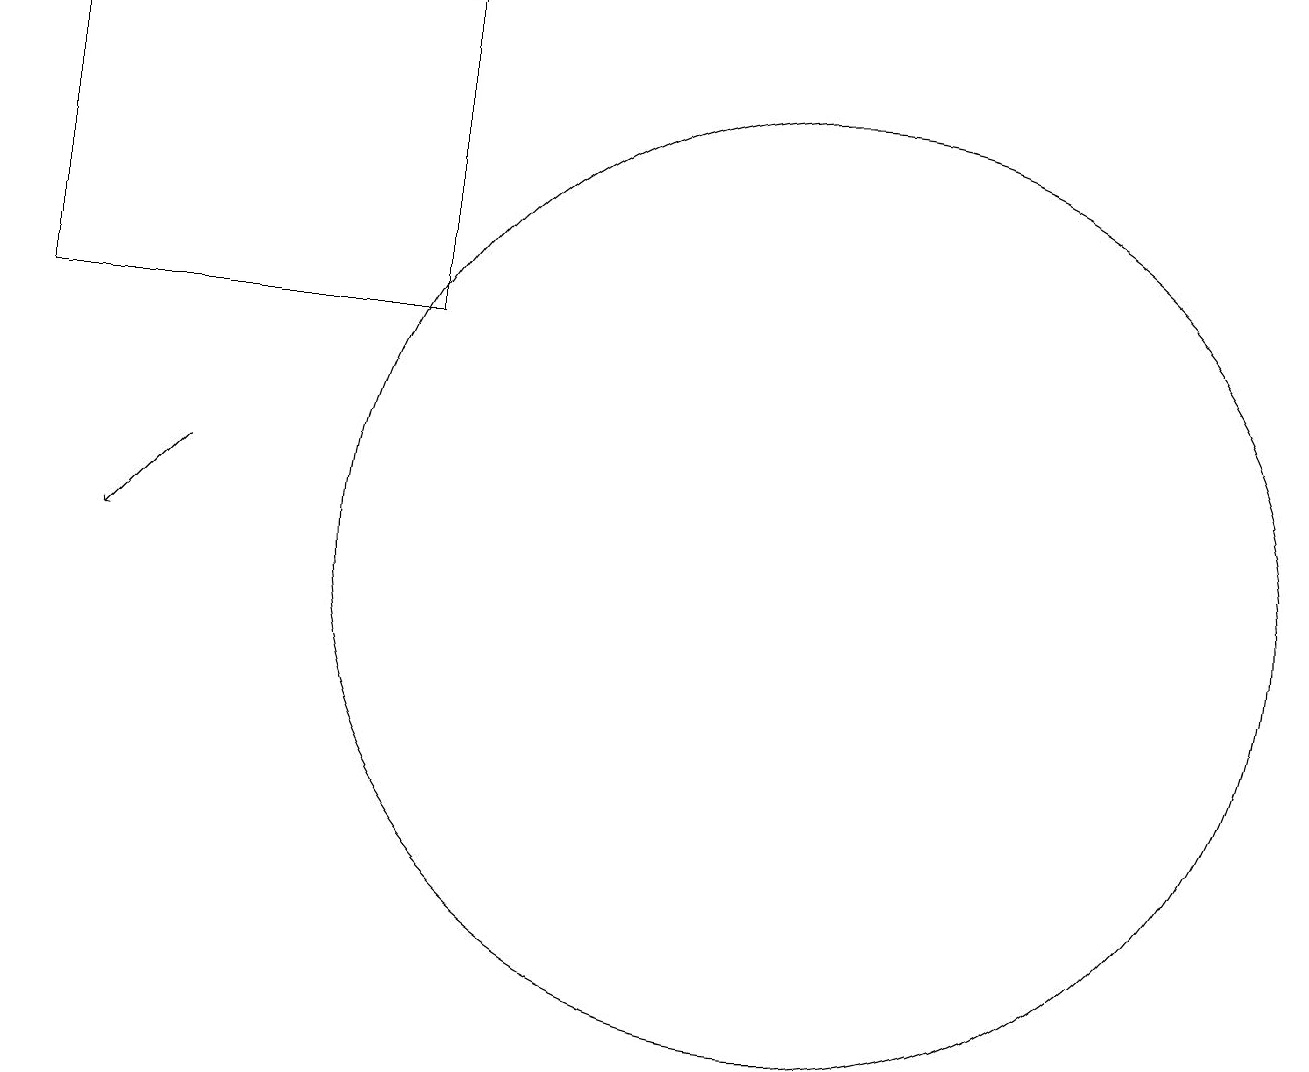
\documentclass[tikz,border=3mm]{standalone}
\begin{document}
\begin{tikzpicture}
\draw (1,19) rectangle (6,15);
\draw[->] (3,13) -- (2,12);
\draw (11,12) circle (6);
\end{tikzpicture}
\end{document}